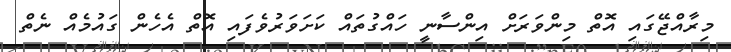
މިރާއްޖޭގައި އޮތް މިންވަރަށް އިންސާނީ ހައްގުތައް ކަށަވަރުވެފައި އޮތް އެހެން ގައުމެއް ނެތް